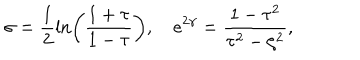
\sigma = \frac { 1 } { 2 } \ln \left( \frac { 1 + \tau } { 1 - \tau } \right) , \quad e ^ { 2 \gamma } = \frac { 1 - \tau ^ { 2 } } { \tau ^ { 2 } - \zeta ^ { 2 } } ,